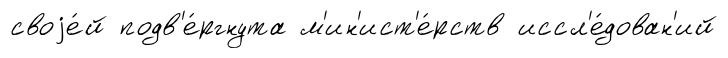
своjе́й подв'е́ргнута м'ин'ист'е́рств иссл'е́дован'ий